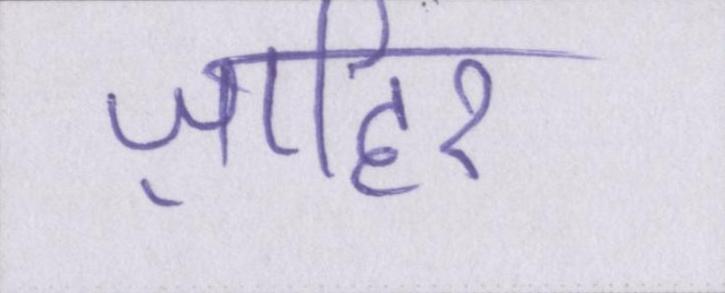
ज़ाहिर